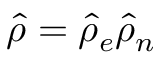
\hat { \rho } = \hat { \rho } _ { e } \hat { \rho } _ { n }